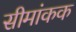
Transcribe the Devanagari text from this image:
सीमांकक